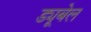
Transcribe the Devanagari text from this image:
ड्यूबेल